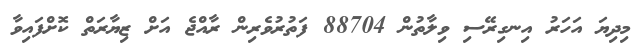
މިދިޔަ އަހަރު އިނގިރޭސި ވިލާތުން 88704 ފަތުރުވެރިން ރާއްޖެ އަށް ޒިޔާރަތް ކޮށްފައިވާ